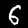
Digit: 6